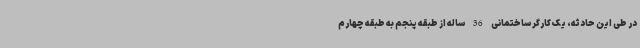
در طی این حادثه، یک کارگر ساختمانی 36 ساله از طبقه پنجم به طبقه چهارم